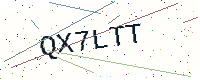
Text: QX7LTT